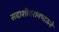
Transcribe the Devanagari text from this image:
सदाशीवरावभाऊने